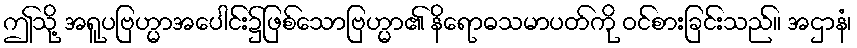
ဤသို့ အရူပဗြဟ္မာအပေါင်း၌ဖြစ်သောဗြဟ္မာ၏ နိရောဓသမာပတ်ကို ဝင်စားခြင်းသည်။ အဌာနံ၊